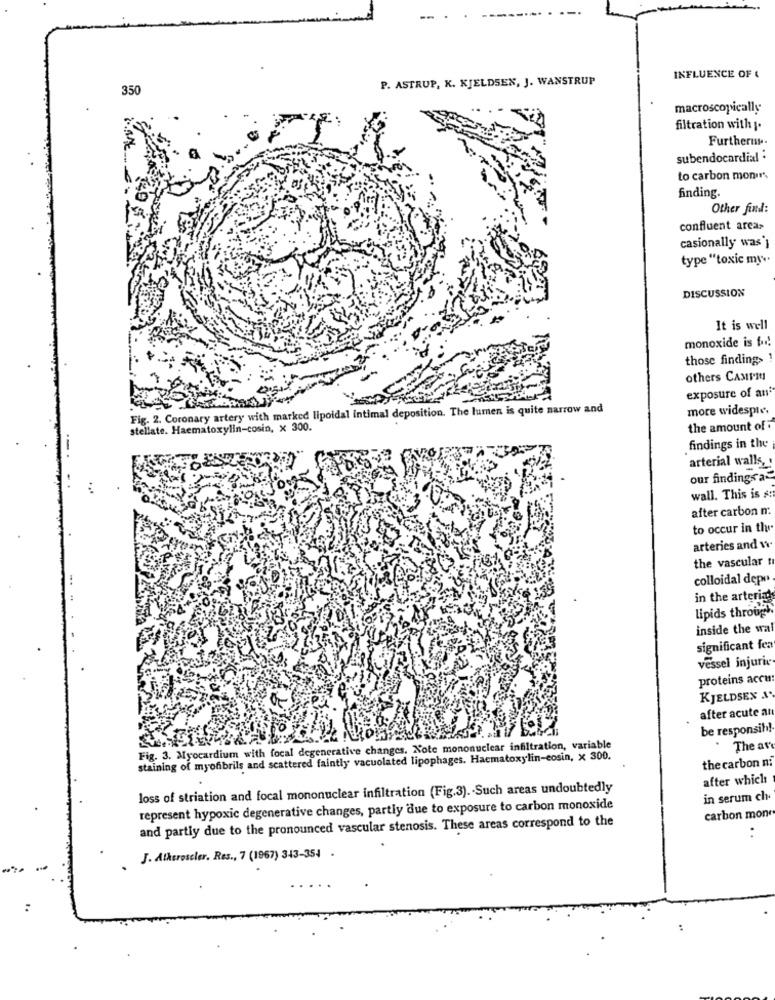
P. ASTRUP, K. KJELDSEN, J. WANSTRUP
INFLUENCE OF &
350
macroscopically
filtration with I.
Furtherny.
subendocardial :
to carbon monir'
finding.
Other find:
confluent arca»
casionally was'}
type "toxic my".
DISCUSSION
It is well
monoxide is fod!
those finding>
others CAMPMI
exposure of an'
Fig. 2. Coronary artery with marked lipoidal intimal deposition. The lumen is quite narrow and
more widespre.
stellate. Haematoxylin-cosin, x 300.
the amount of
--
findings in the
arterial walls,
our findings a
wall. This is A:
after carbon m.
to occur in the
arteries and n
the vascular tı
colloidal depo
in the arterias
lipids through
inside the wal
significant fea
vessel injurie
proteins accu
KJELDSEN A.
after acute an
be responsih!
Fig. 3. Myocardium with focal degenerative changes. Note mononuclear infiltration, variable
The av
staining of myofibrils and scattered faintly vacuolated lipophages. Haematoxylin-eosin, x 300.
the carbon ni
after which
loss of striation and focal mononuclear infiltration (Fig.3). - Such areas undoubtedly
in serum ch
represent hypoxic degenerative changes, partly due to exposure to carbon monoxide
and partly due to the pronounced vascular stenosis. These areas correspond to the
carbon mon
..
J. Atheroscler. Res ., 7 (1967) 343-354 .